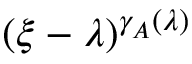
( \xi - \lambda ) ^ { \gamma _ { A } ( \lambda ) }